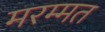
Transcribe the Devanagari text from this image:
मरम्मत